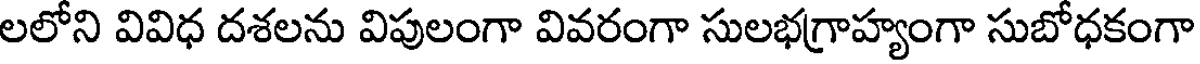
లలోని వివిధ దశలను విపులంగా వివరంగా సులభగ్రాహ్యంగా సుబోధకంగా